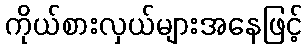
ကိုယ်စားလှယ်များအနေဖြင့်